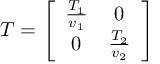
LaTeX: T = \left[ \begin{array} { c c } { { \frac { T _ { 1 } } { v _ { 1 } } } } & { { 0 } } \\ { { 0 } } & { { \frac { T _ { 2 } } { v _ { 2 } } } } \end{array} \right]